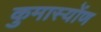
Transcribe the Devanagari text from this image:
कुमास्योंण